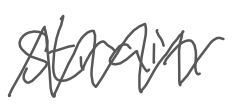
Text: strain
Cross-out: zig-zag
Writing tool: digital_gray